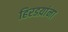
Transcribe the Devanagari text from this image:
हिरडय़ांना